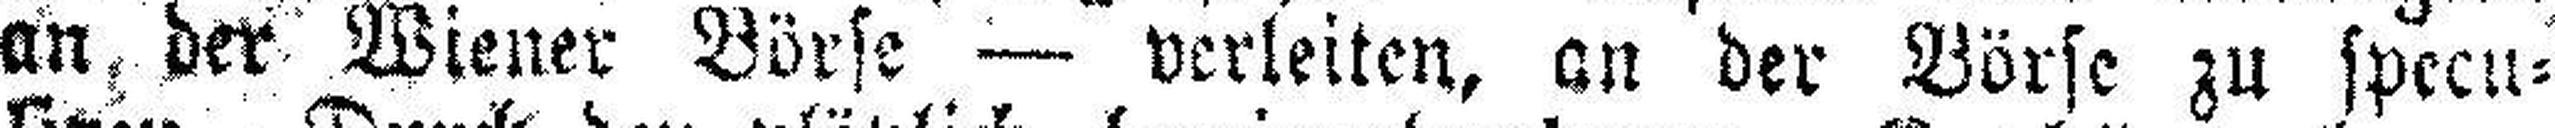
an der Wiener Börse — verleiten, an der Börse zu specu¬